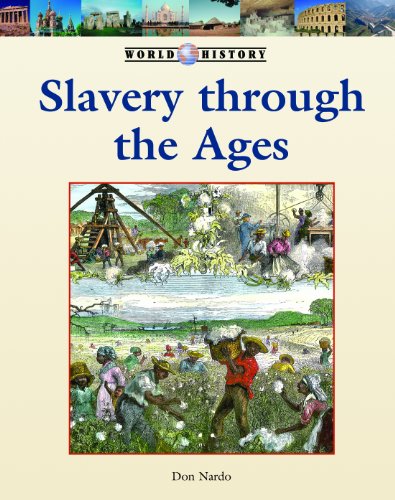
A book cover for Slavery Through Ages (World History Series); Don Nardo; Teen & Young Adult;